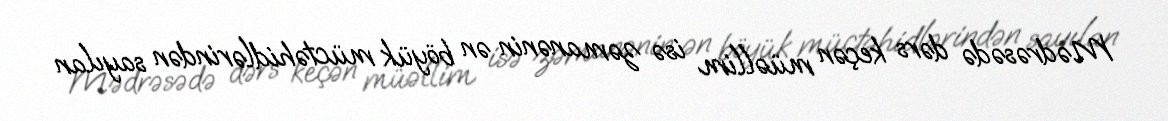
Mədrəsədə dərs keçən müəllim isə zəmanənin ən böyük müctəhidlərindən sayılan